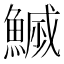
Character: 𮬇